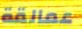
عمالقة